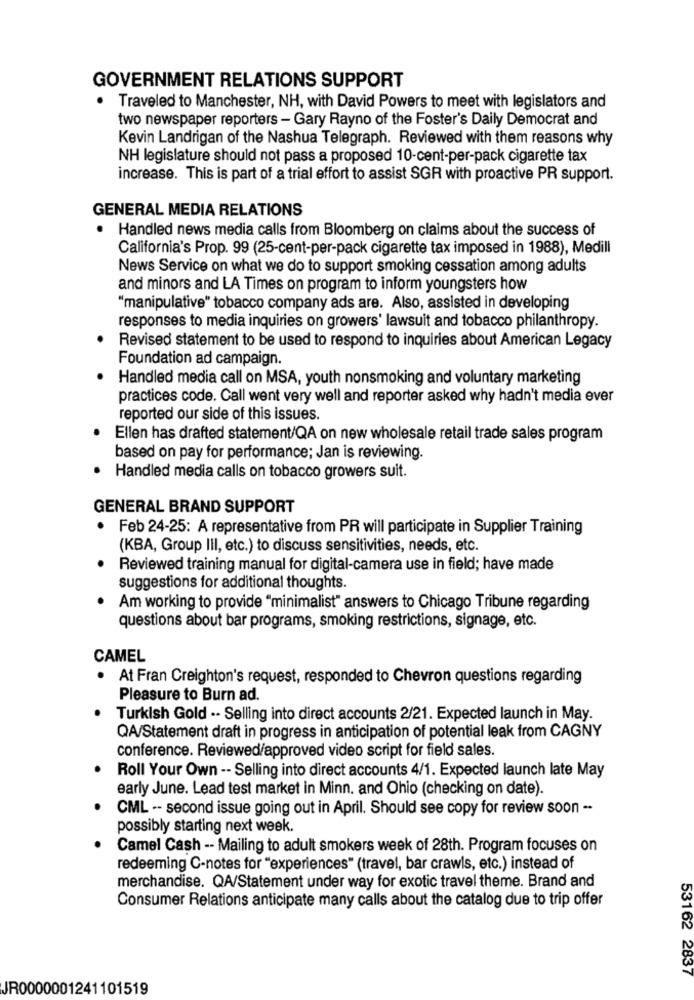
GOVERNMENT RELATIONS SUPPORT
Traveled to Manchester, NH, with David Powers to meet with legislators and
two newspaper reporters - Gary Rayno of the Foster's Daily Democrat and
Kevin Landrigan of the Nashua Telegraph. Reviewed with them reasons why
NH legislature should not pass a proposed 10-cent-per-pack cigarette tax
increase. This is part of a trial effort to assist SGR with proactive PR support.
GENERAL MEDIA RELATIONS
Handled news media calls from Bloomberg on claims about the success of
California's Prop. 99 (25-cent-per-pack cigarette tax imposed in 1988), Medill
News Service on what we do to support smoking cessation among adults
and minors and LA Times on program to inform youngsters how
"manipulative" tobacco company ads are. Also, assisted in developing
responses to media inquiries on growers' lawsuit and tobacco philanthropy.
Revised statement to be used to respond to inquiries about American Legacy
Foundation ad campaign.
Handled media call on MSA, youth nonsmoking and voluntary marketing
practices code. Call went very well and reporter asked why hadn't media ever
reported our side of this issues.
Ellen has drafted statement/QA on new wholesale retail trade sales program
based on pay for performance; Jan is reviewing.
Handled media calls on tobacco growers suit.
GENERAL BRAND SUPPORT
Feb 24-25: A representative from PR will participate in Supplier Training
(KBA, Group III, etc.) to discuss sensitivities, needs, etc.
Reviewed training manual for digital-camera use in field; have made
suggestions for additional thoughts.
Am working to provide "minimalist" answers to Chicago Tribune regarding
questions about bar programs, smoking restrictions, signage, etc.
CAMEL
At Fran Creighton's request, responded to Chevron questions regarding
Pleasure to Burn ad.
Turkish Gold .. Selling into direct accounts 2/21. Expected launch in May.
QA/Statement draft in progress in anticipation of potential leak from CAGNY
conference. Reviewed/approved video script for field sales.
Roll Your Own -- Selling into direct accounts 4/1. Expected launch late May
early June. Lead test market in Minn. and Ohio (checking on date).
CML -- second issue going out in April. Should see copy for review soon -
possibly starting next week.
Camel Cash -- Mailing to adult smokers week of 28th. Program focuses on
redeeming C-notes for "experiences" (travel, bar crawls, etc.) instead of
merchandise. QA/Statement under way for exotic travel theme. Brand and
Consumer Relations anticipate many calls about the catalog due to trip offer
53162 2837
JR0000001241101519